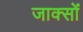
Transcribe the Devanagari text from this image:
जाक्सों